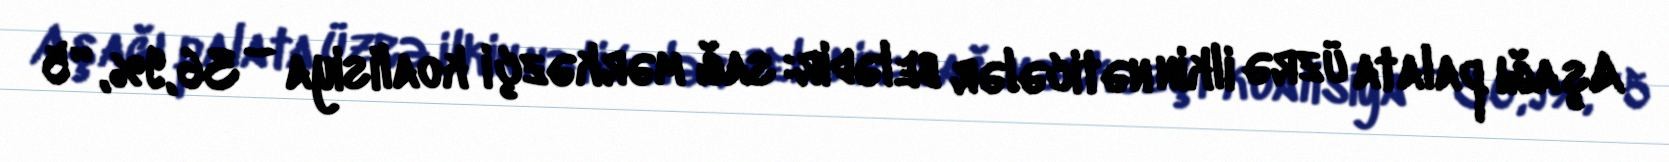
Aşağı palata üzrə ilkin nəticələr belədir: sağ mərkəzçi koalisiya – 36,9%, “5